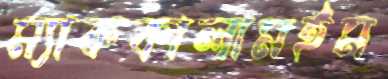
ম্যাককালামইম